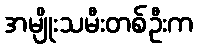
အမျိုးသမီးတစ်ဦးက